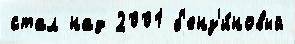
стал над 2001 б'енз'и́новый